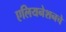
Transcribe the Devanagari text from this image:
एलियनेशनचे